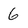
Character: 6